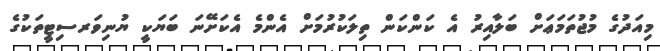
މިއަދުގެ މުޖުތަމަޢަށް ބަލާއިރު އެ ކަންކަން ތިލަކުރުމަށް އެންމެ އެކަށޭނަ ބަޔަކީ ޔުނިވަރސިޓީތަކުގެ